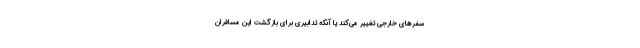
سفرهای خارجی تغییر می‌کند یا آنکه تدابیری برای بازگشت این مسافران